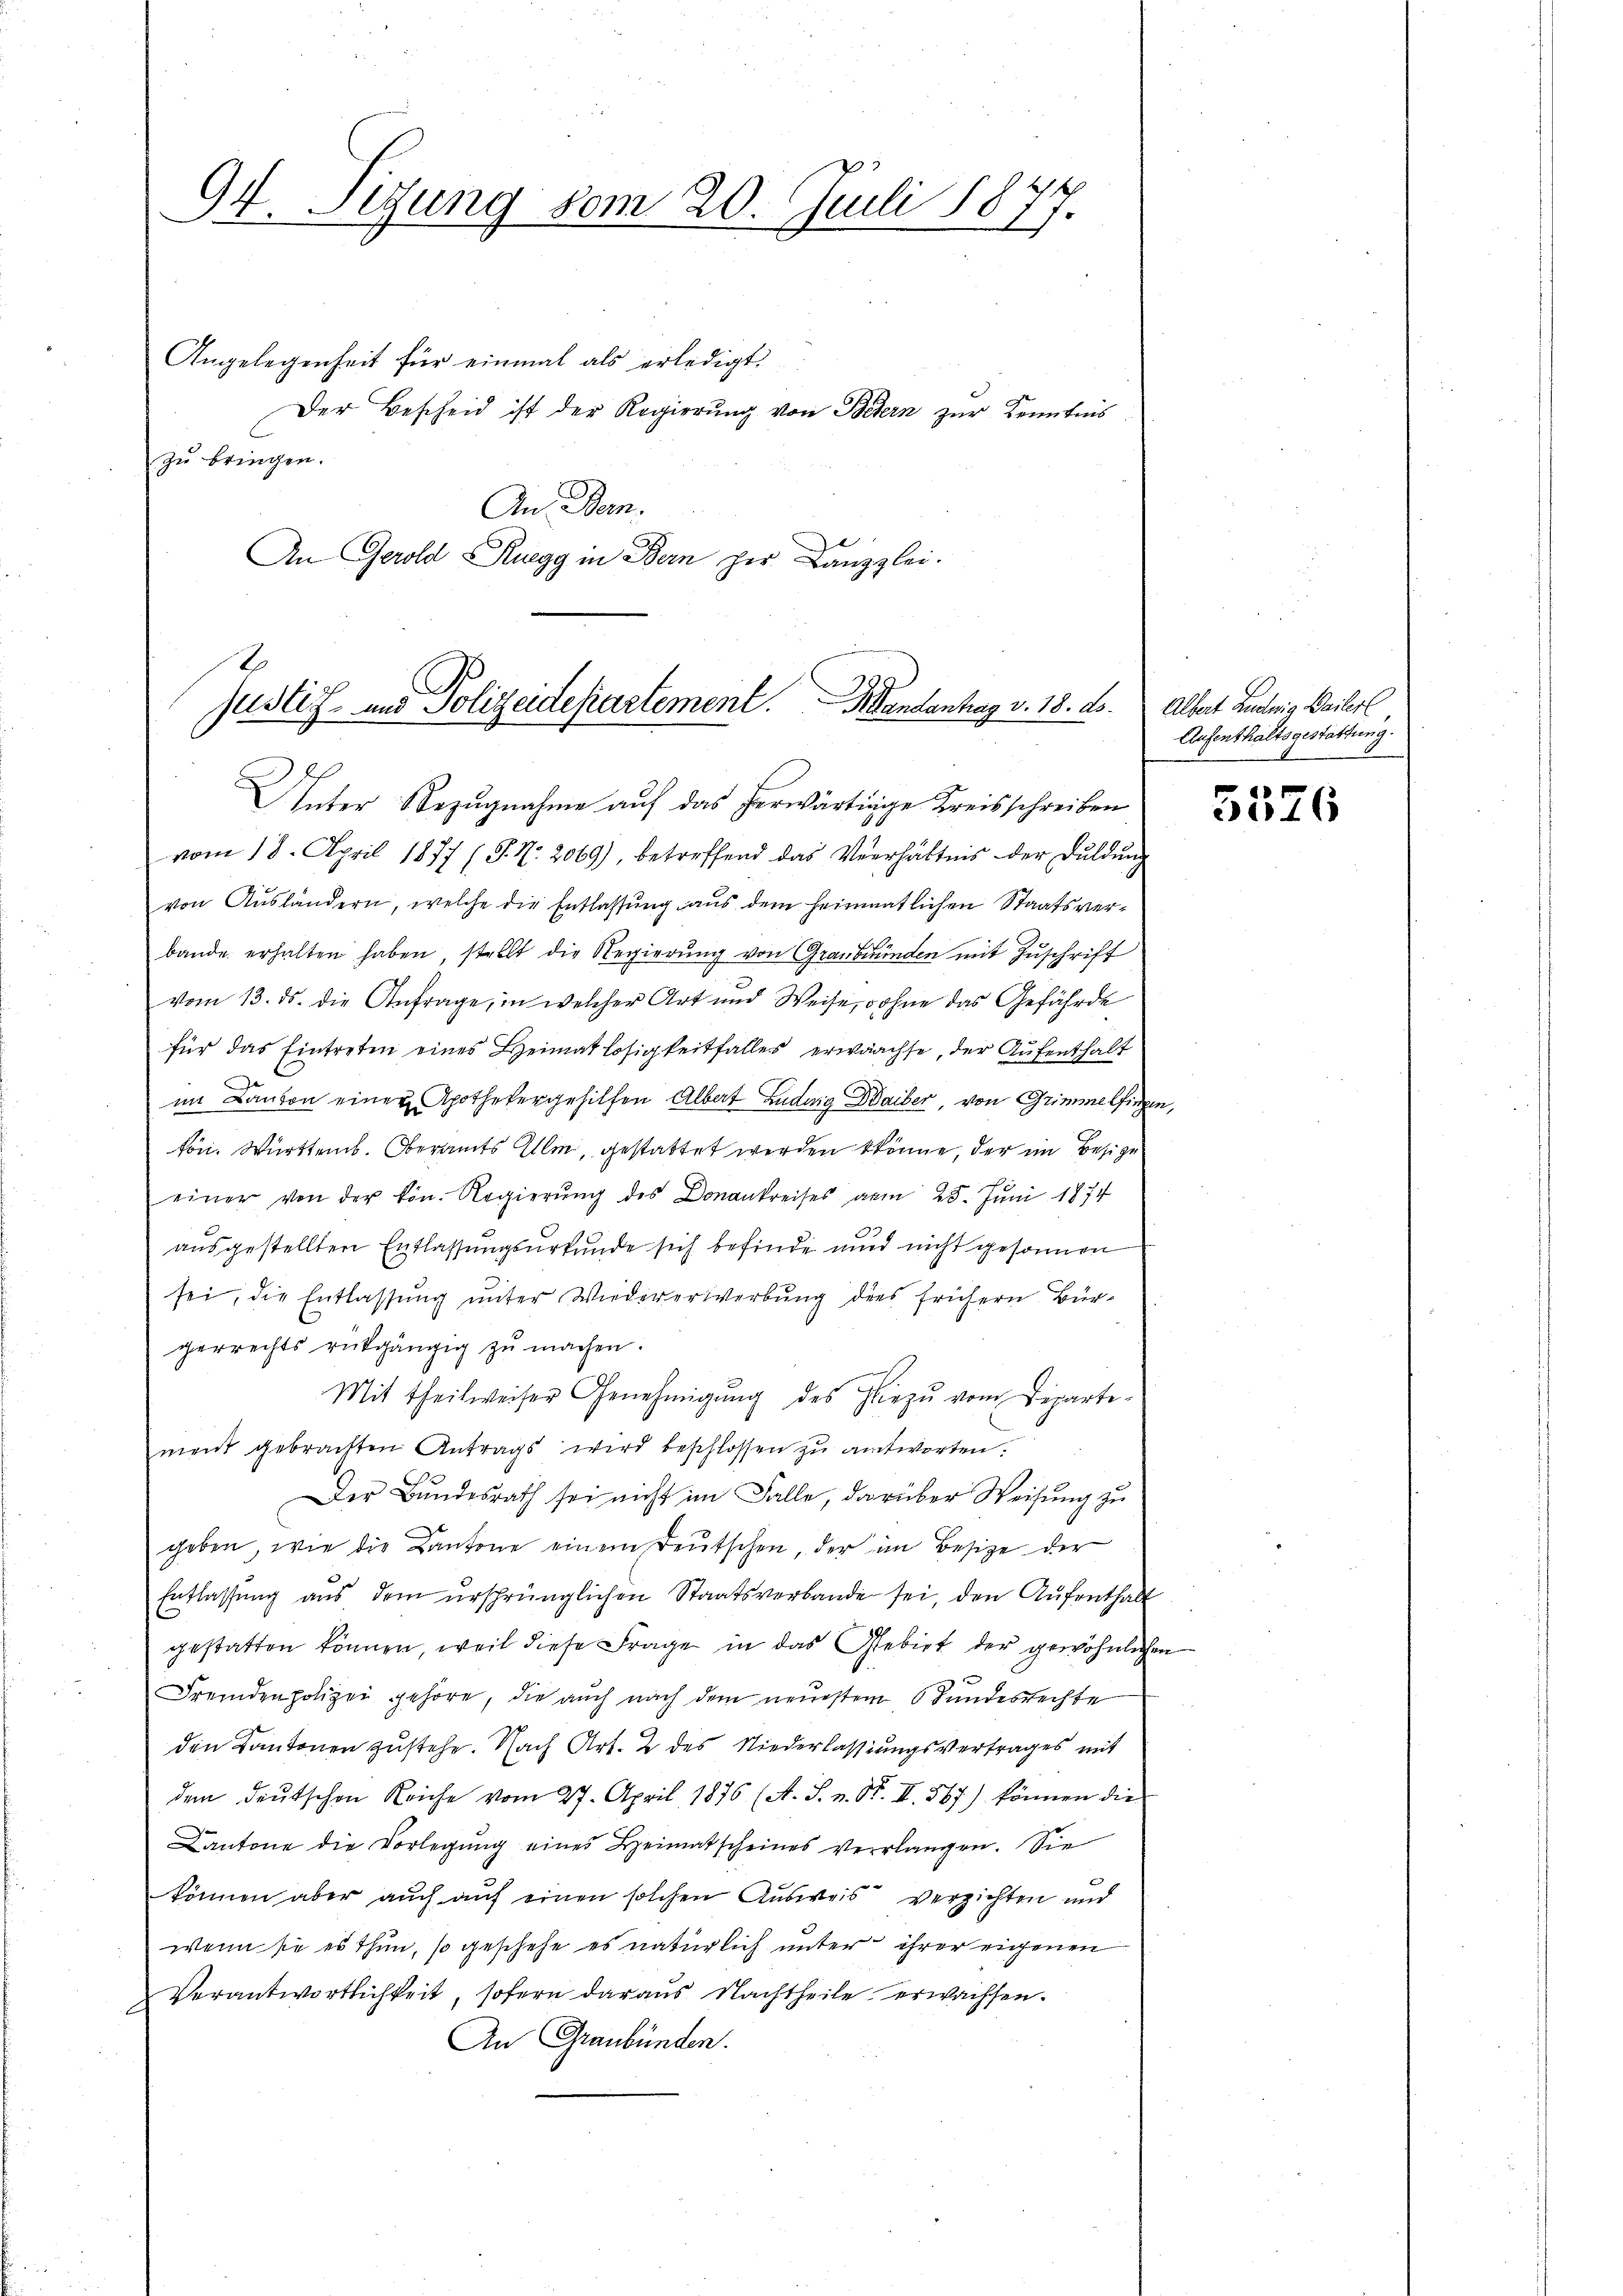
94. Segung vom 20. Juli 1877.

Angelegenheit für einmal als erledigt.
Der Bescheid ist der Regierung von Bedern zur Kenntnis
zu bringen.
An: Bern.
An Gerold Ruegg in Bern her Kanzlei.

E
justiz- und Polizeidepartement. Mandentrag v. 18. ds.
Unter Bezugnahme auf das herwärtige Kreisschreiben

vom 18. April 1877 (T. N. 2069), betreffend das Verhältnis der Duldung
von Ausländern, welche die Entlassung aus dem heimatlichen Staatsverbande erhalten haben, stellt die Regierung von Graubünden mit Zuschrift
vom 13. ds. die Anfrage, in welcher Art und Weise, wohne das Gefährde
für das Eintreten eines Heimatlosigkeitfalles erwachse, der Aufenthalt
im Canton einen Apothekergehilfen Albert Luduig Waiber, von Grimmelfingen,
kön. Württemb. Oberamts Alle, gestattet werden könne, der im Besige
einer von der kön. Regierŭng des Donankreises vom 25. Juni 1874
ausgestellten Entlassungsurkunde sich befinde und nicht gesonnen
sei, die Entlassung unter Wiedererwerbung dies frühern Bürgerrechts rückgängig zu machen.
Mit theilweiser Genehmigung des hiezu vom Departement gebrachten Antrags wird beschlossen zu antworten.
Der Bundesrath sei nicht im Falle, darüber Weisung zu
geben, wie die Kantone einem Deutschen, der im Besize der
Entlassung aus dem ursprünglichen Staatsverbande sei, den Aufenthalt
gestatten können, weil diese Frage in das Gebiet der gewöhnlichen
.
Fremden polizei gehöre, die auch nach dem neuestem Bundesrechte
den Kantonen zustehe. Nach Art. 2 des Niederlassungsvertrages mit
dem deŭtschen Reiche vom 27. April 1876 (A. S. v. O. II. 567) können die
Cantone die Vorlegŭng eines Heimatscheines verlangen. Sie
können aber auch auf einen solchen Ausweis verzichten und
wenn sie es thun, so geschehe es natürlich unter ihrer eigenen
Verantwortlichkeit, sofern daraus Nachtheile erwachsen.
An Graubünden.

Albert Ludwig Wailer
Aufenthaltsgestattung.

5576